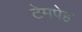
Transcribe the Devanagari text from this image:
टेमपेह